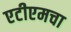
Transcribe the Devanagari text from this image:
एटीएमचा